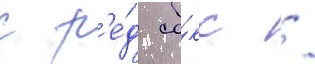
с р'е́д со́кс /